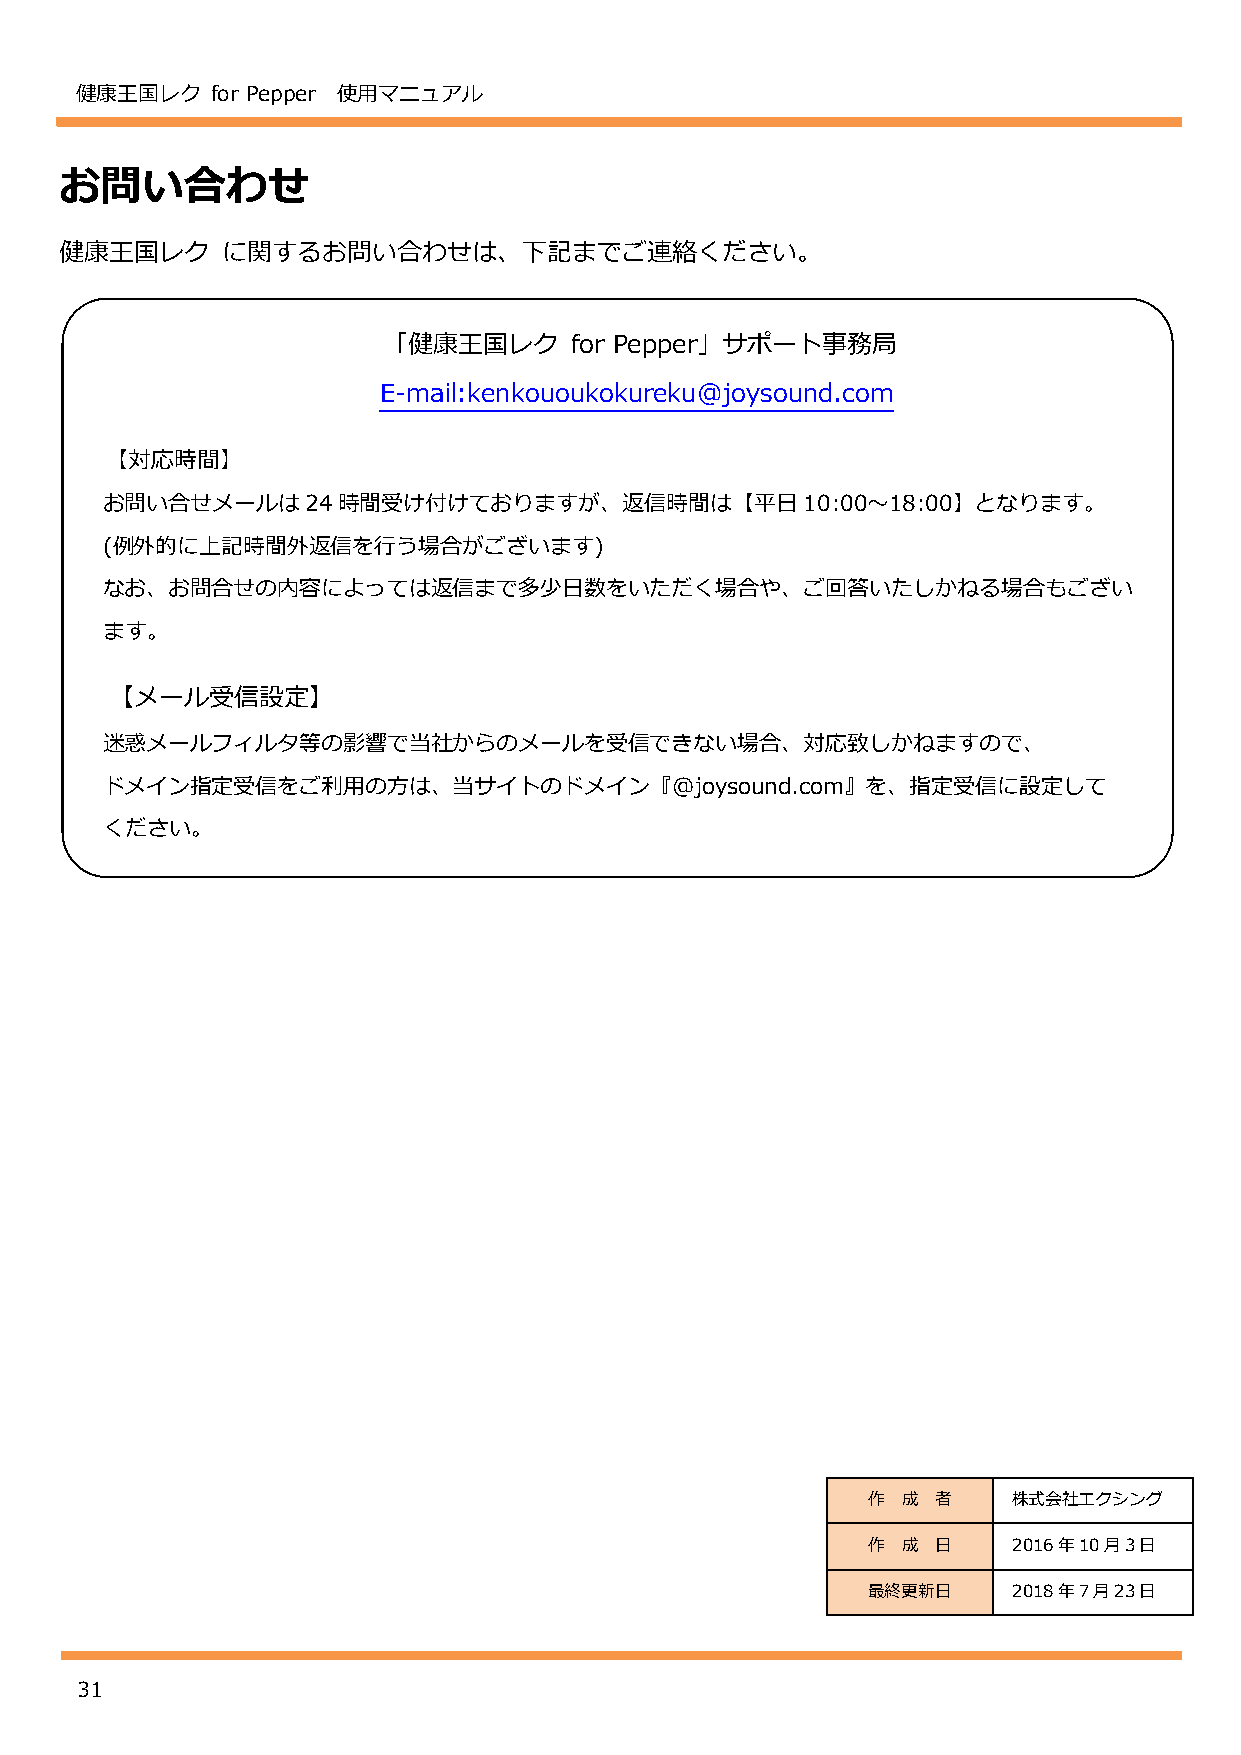
健康王国レク   for Pepper 使用マニュアル
 お問い合わせ
 健康王国レク     に関するお問い合わせは、下記までご連絡ください。
 「健康王国レク      for Pepper」サポート事務局
 E-mail:kenkououkokureku@joysound.com
 【対応時間】
 お問い合せメールは24時間受け付けておりますが、返信時間は【平日10:00～18:00】となります。
 (例外的に上記時間外返信を行う場合がございます)
 なお、お問合せの内容によっては返信まで多少日数をいただく場合や、ご回答いたしかねる場合もござい
 ます。
 【メール受信設定】
 迷惑メールフィルタ等の影響で当社からのメールを受信できない場合、対応致しかねますので、
 ドメイン指定受信をご利用の方は、当サイトのドメイン『@joysound.com』を、指定受信に設定して
 ください。
 作  成 者    株式会社エクシング
 作  成 日    2016年10月3日
 最終更新日     2018年7月23日
 31